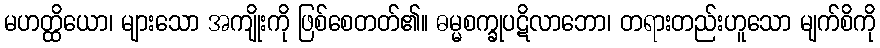
မဟတ္ထိယော၊ များသော အကျိုးကို ဖြစ်စေတတ်၏။ ဓမ္မစက္ခုပဋိလာဘော၊ တရားတည်းဟူသော မျက်စိကို